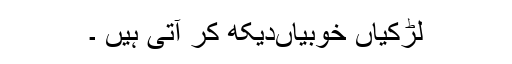
لڑکیاں خوبیاںدیکھ کر آتی ہیں ۔